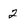
Character: 2